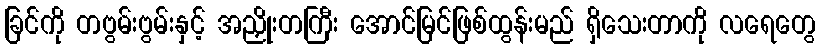
ခြင်ကို တဗွမ်းဗွမ်းနှင့် အညှိုးတကြီး အောင်မြင်ဖြစ်ထွန်းမည် ရှိသေးတာကို လရေတွေ